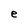
Character: e